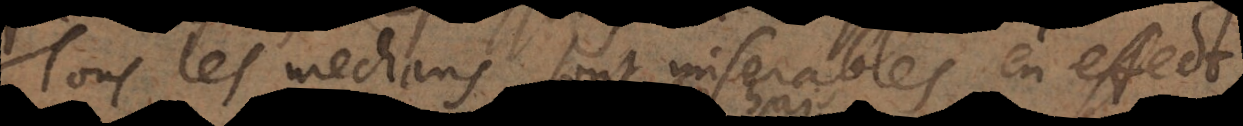
Tous les mechans sont misérables en effect,